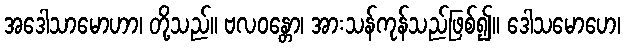
အဒေါသာမောဟာ၊ တို့သည်။ ဗလဝန္တော၊ အားသန်ကုန်သည်ဖြစ်၍။ ဒေါသမောဟေ၊